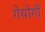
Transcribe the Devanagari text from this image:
गेयोर्गी